Medical and sanitary report of the native army of Madras for the year
Year: 1876
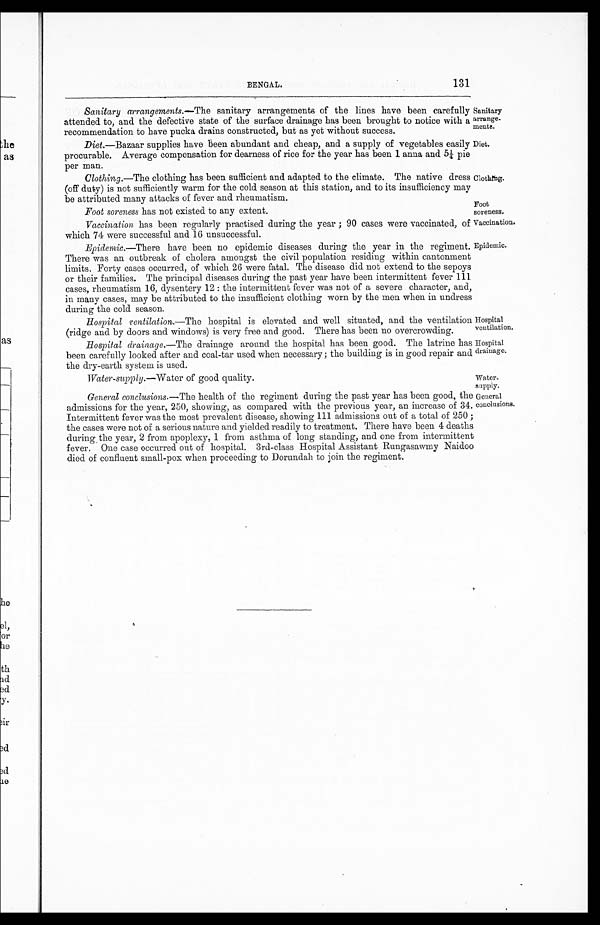
BENGAL.
131
Sanitary
arrange.
ments.
Diet.
Hospital
ventilation.
Hospital
drainage.
Water
-supply.
General
conclusions.
Sanitary arrange-ments .—The sanitary arrangements of the lines have been carefully
attended to, and the defective state of the surface drainage has been brought to notice with a
recommendation to have pucka drains constructed, but as yet without success.
Diet .—Bazaar supplies have been abundant and cheap, and a supply of vegetables easily
procurable. Average compensation for dearness of rice for the year has been 1 anna and 5¼ pie
per man.
Clothing .—The clothing has been sufficient and adapted to the climate. The native dress
(off duty) is not sufficiently warm for the cold season at this station, and to its insufficiency may
be attributed many attacks of fever and rheumatism.
Clothing.
Foot
soreness.
Foot soreness has not existed to any extent.
Vaccination has been regularly practised during the year; 90 cases were vaccinated, of
which 74 were successful and 16 unsuccessful.
Vaccination.
Epidemic .—There have been no epidemic diseases during the year in the regiment.
There was an outbreak of cholera amongst the civil population residing within cantonment
limits. Forty cases occurred, of which 26 were fatal. The disease did not extend to the sepoys
or their families. The principal diseases during the past year have been intermittent fever 111
cases, rheumatism 16, dysentery 12: the intermittent fever was not of a severe character, and,
in many cases, may be attributed to the insufficient clothing worn by the men when in undress
during the cold season.
Hospital ventilation .—The hospital is elevated and well situated, and the ventilation
(ridge and by doors and windows) is very free and good. There has been no overcrowding.
Hospital drainage .—The drainage around the hospital has been good. The latrine has
been carefully looked after and coal-tar used when necessary; the building is in good repair and
the dry-earth system is used.
Water-supply .—Water of good quality.
General conclusions .—The health of the regiment during the past year has been good, the
admissions for the year, 250, showing, as compared with the previous year, an increase of 34.
Intermittent fever was the most prevalent disease, showing 111 admissions out of a total of 250;
the cases were not of a serious nature and yielded readily to treatment. There have been 4 deaths
during the year, 2 from apoplexy, 1 from asthma of long standing, and one from intermittent
fever. One case occurred out of hospital. 3rd-class Hospital Assistant Rungasawmy Naidoo
died of confluent small-pox when proceeding to Dorundah to join the regiment.
Epidemic.